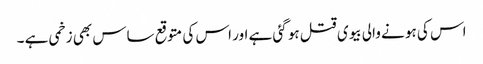
اس کی ہو نے والی بیوی قتل ہو گئی ہے اور اس کی متوقع ساس بھی زخمی ہے ۔